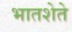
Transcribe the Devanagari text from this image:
भातशेते